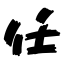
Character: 任